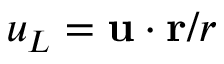
u _ { L } = { \bf u } \cdot { \bf r } / r